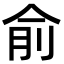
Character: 俞